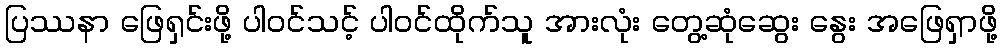
ပြဿနာ ဖြေရှင်းဖို့ ပါဝင်သင့် ပါဝင်ထိုက်သူ အားလုံး တွေ့ဆုံဆွေး နွေး အဖြေရှာဖို့